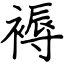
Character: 褥